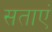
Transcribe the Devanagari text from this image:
सताएं